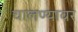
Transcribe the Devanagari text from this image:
चालण्यावर